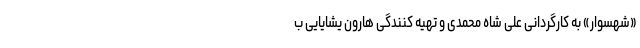
«شهسوار» به کارگردانی علی شاه محمدی و تهیه کنندگی هارون یشایایی ب